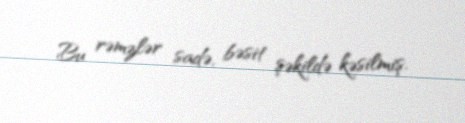
Bu rəmzlər sadə, bəsit şəkildə kəsilmiş.